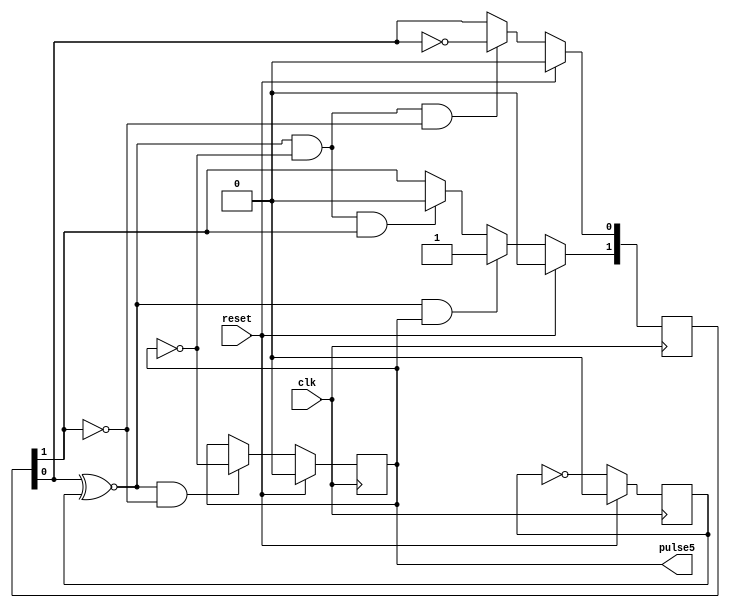
module pulse_5 (
	input	wire	reset,
	input	wire	clk,
	output	reg	pulse5
);

reg	clk_div2;
reg	[1:0]	d;

always @(posedge clk)
if (reset)
	{clk_div2, pulse5, d} <= 4'h0;
else begin
	clk_div2 <= ~clk_div2;
	pulse5 <= (d[0] ~^ clk_div2) & ~d[1] ? ~pulse5 : pulse5;
	d[0] <= (d[0] ~^ clk_div2) & ~pulse5 & ~d[1] ? ~d[0] : d[0];
	d[1] <= (d[0] ~^ clk_div2) & pulse5 ? 1'h1 : (d[0] ~^ clk_div2) & ~pulse5 & d[1] ? 1'h0 : d[1];
end
endmodule
module top;

reg	reset = 0;
wire	clk;
wire	pulse5;

clk clk_module
(
	.clk	(clk)
);

pulse_5	pulse_5_module
(
	.reset	(reset),
	.clk	(clk),
	.pulse5	(pulse5)
);

initial begin
	reset = 1;
	#2
	reset = 0;
	#100
	$stop;
end
endmodule